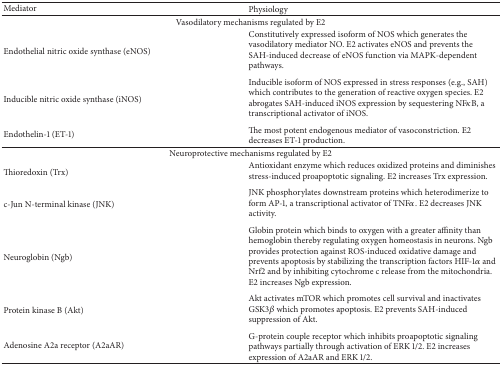
<table><thead><tr><td><b>Mediator</b></td><td><b>Physiology</b></td></tr></thead><tbody><tr><td colspan="2">Vasodilatory mechanisms regulated by E2</td></tr><tr><td>Endothelial nitric oxide synthase (eNOS)</td><td>Constitutively expressed isoform of NOS which generates the vasodilatory mediator NO. E2 activates eNOS and prevents the SAH-induced decrease of eNOS function via MAPK-dependent pathways.</td></tr><tr><td>Inducible nitric oxide synthase (iNOS)</td><td>Inducible isoform of NOS expressed in stress responses (e.g., SAH) which contributes to the generation of reactive oxygen species. E2 abrogates SAH-induced iNOS expression by sequestering NF<i>κ</i>B, a transcriptional activator of iNOS. </td></tr><tr><td>Endothelin-1 (ET-1)</td><td>The most potent endogenous mediator of vasoconstriction. E2 decreases ET-1 production.</td></tr><tr><td colspan="2">Neuroprotective mechanisms regulated by E2</td></tr><tr><td>Thioredoxin (Trx)</td><td>Antioxidant enzyme which reduces oxidized proteins and diminishes stress-induced proapoptotic signaling. E2 increases Trx expression. </td></tr><tr><td>c-Jun N-terminal kinase (JNK)</td><td>JNK phosphorylates downstream proteins which heterodimerize to form AP-1, a transcriptional activator of TNF<i>α</i>. E2 decreases JNK activity. </td></tr><tr><td>Neuroglobin (Ngb)</td><td>Globin protein which binds to oxygen with a greater affinity than hemoglobin thereby regulating oxygen homeostasis in neurons. Ngb provides protection against ROS-induced oxidative damage and prevents apoptosis by stabilizing the transcription factors HIF-1<i>α</i> and Nrf2 and by inhibiting cytochrome c release from the mitochondria. E2 increases Ngb expression. </td></tr><tr><td>Protein kinase B (Akt)</td><td>Akt activates mTOR which promotes cell survival and inactivates GSK3<i>β</i> which promotes apoptosis. E2 prevents SAH-induced suppression of Akt. </td></tr><tr><td>Adenosine A2a receptor (A2aAR)</td><td>G-protein couple receptor which inhibits proapoptotic signaling pathways partially through activation of ERK 1/2. E2 increases expression of A2aAR and ERK 1/2.</td></tr></tbody></table>